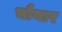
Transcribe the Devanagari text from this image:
चौथार